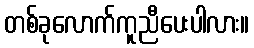
တစ်ခုလောက်ကူညီပေးပါလား။